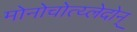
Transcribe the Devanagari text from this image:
मोनोचोत्य्लेदोन्